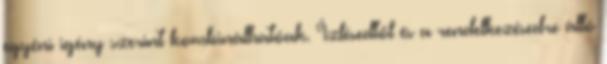
egyéni igény szerint kombinálhatóak. Ízlésedtől és a rendelkezésedre álló